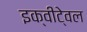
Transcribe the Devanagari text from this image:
इक्वीटे्वल